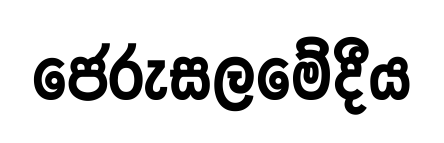
ජෙරුසලමේදීය